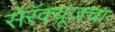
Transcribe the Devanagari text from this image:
सेरॅक्यूजचा